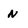
Character: N